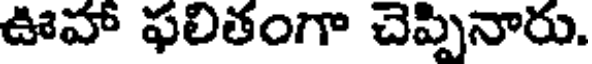
ఊహా ఫలితంగా చెప్పినారు.